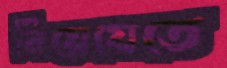
নিয়েযেতে